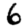
Digit: 6